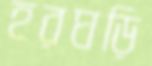
হরঘড়ি